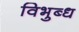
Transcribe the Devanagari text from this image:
विभुब्ध